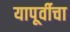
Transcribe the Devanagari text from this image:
यापूर्वीचा